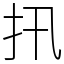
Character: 扟